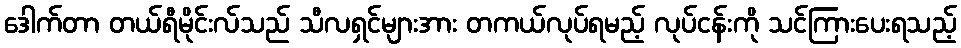
ဒေါက်တာ တယ်ရီမိုင်းလ်သည် သီလရှင်များအား တကယ်လုပ်ရမည့် လုပ်ငန်းကို သင်ကြားပေးရသည့်